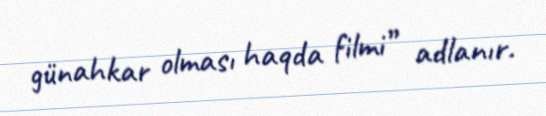
günahkar olması haqda filmi” adlanır.